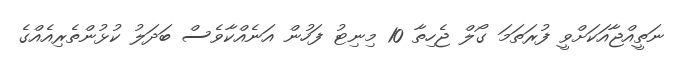
ނަތީއްޖާއަކަށްވީ ފުރަތަމަ ގޯލް ޖެހިތާ 10 މިނިޓު ފަހުން އަނެއްކާވެސް ބަދަލު ކުޅުންތެރިއެއްގެ